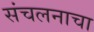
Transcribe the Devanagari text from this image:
संचलनाचा